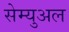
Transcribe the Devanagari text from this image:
सेम्‍युअल